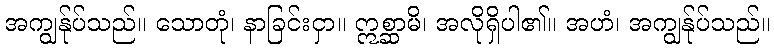
အကျွန်ုပ်သည်။ သောတုံ၊ နာခြင်းငှာ။ ဣစ္ဆာမိ၊ အလိုရှိပါ၏။ အဟံ၊ အကျွန်ုပ်သည်။